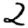
Digit: 2